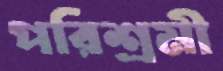
পরিশ্রমী